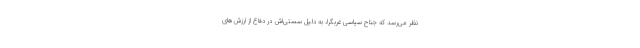
نظر می‌رسد که جناح سیاسی غربگرا، به دلیل سستی‌اش در دفاع از ارزش‌های